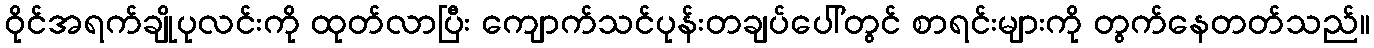
ဝိုင်အရက်ချိုပုလင်းကို ထုတ်လာပြီး ကျောက်သင်ပုန်းတချပ်ပေါ်တွင် စာရင်းများကို တွက်နေတတ်သည်။